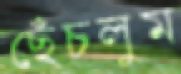
ছেঁচলুম